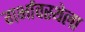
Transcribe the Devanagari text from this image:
गर्भावस्थेला